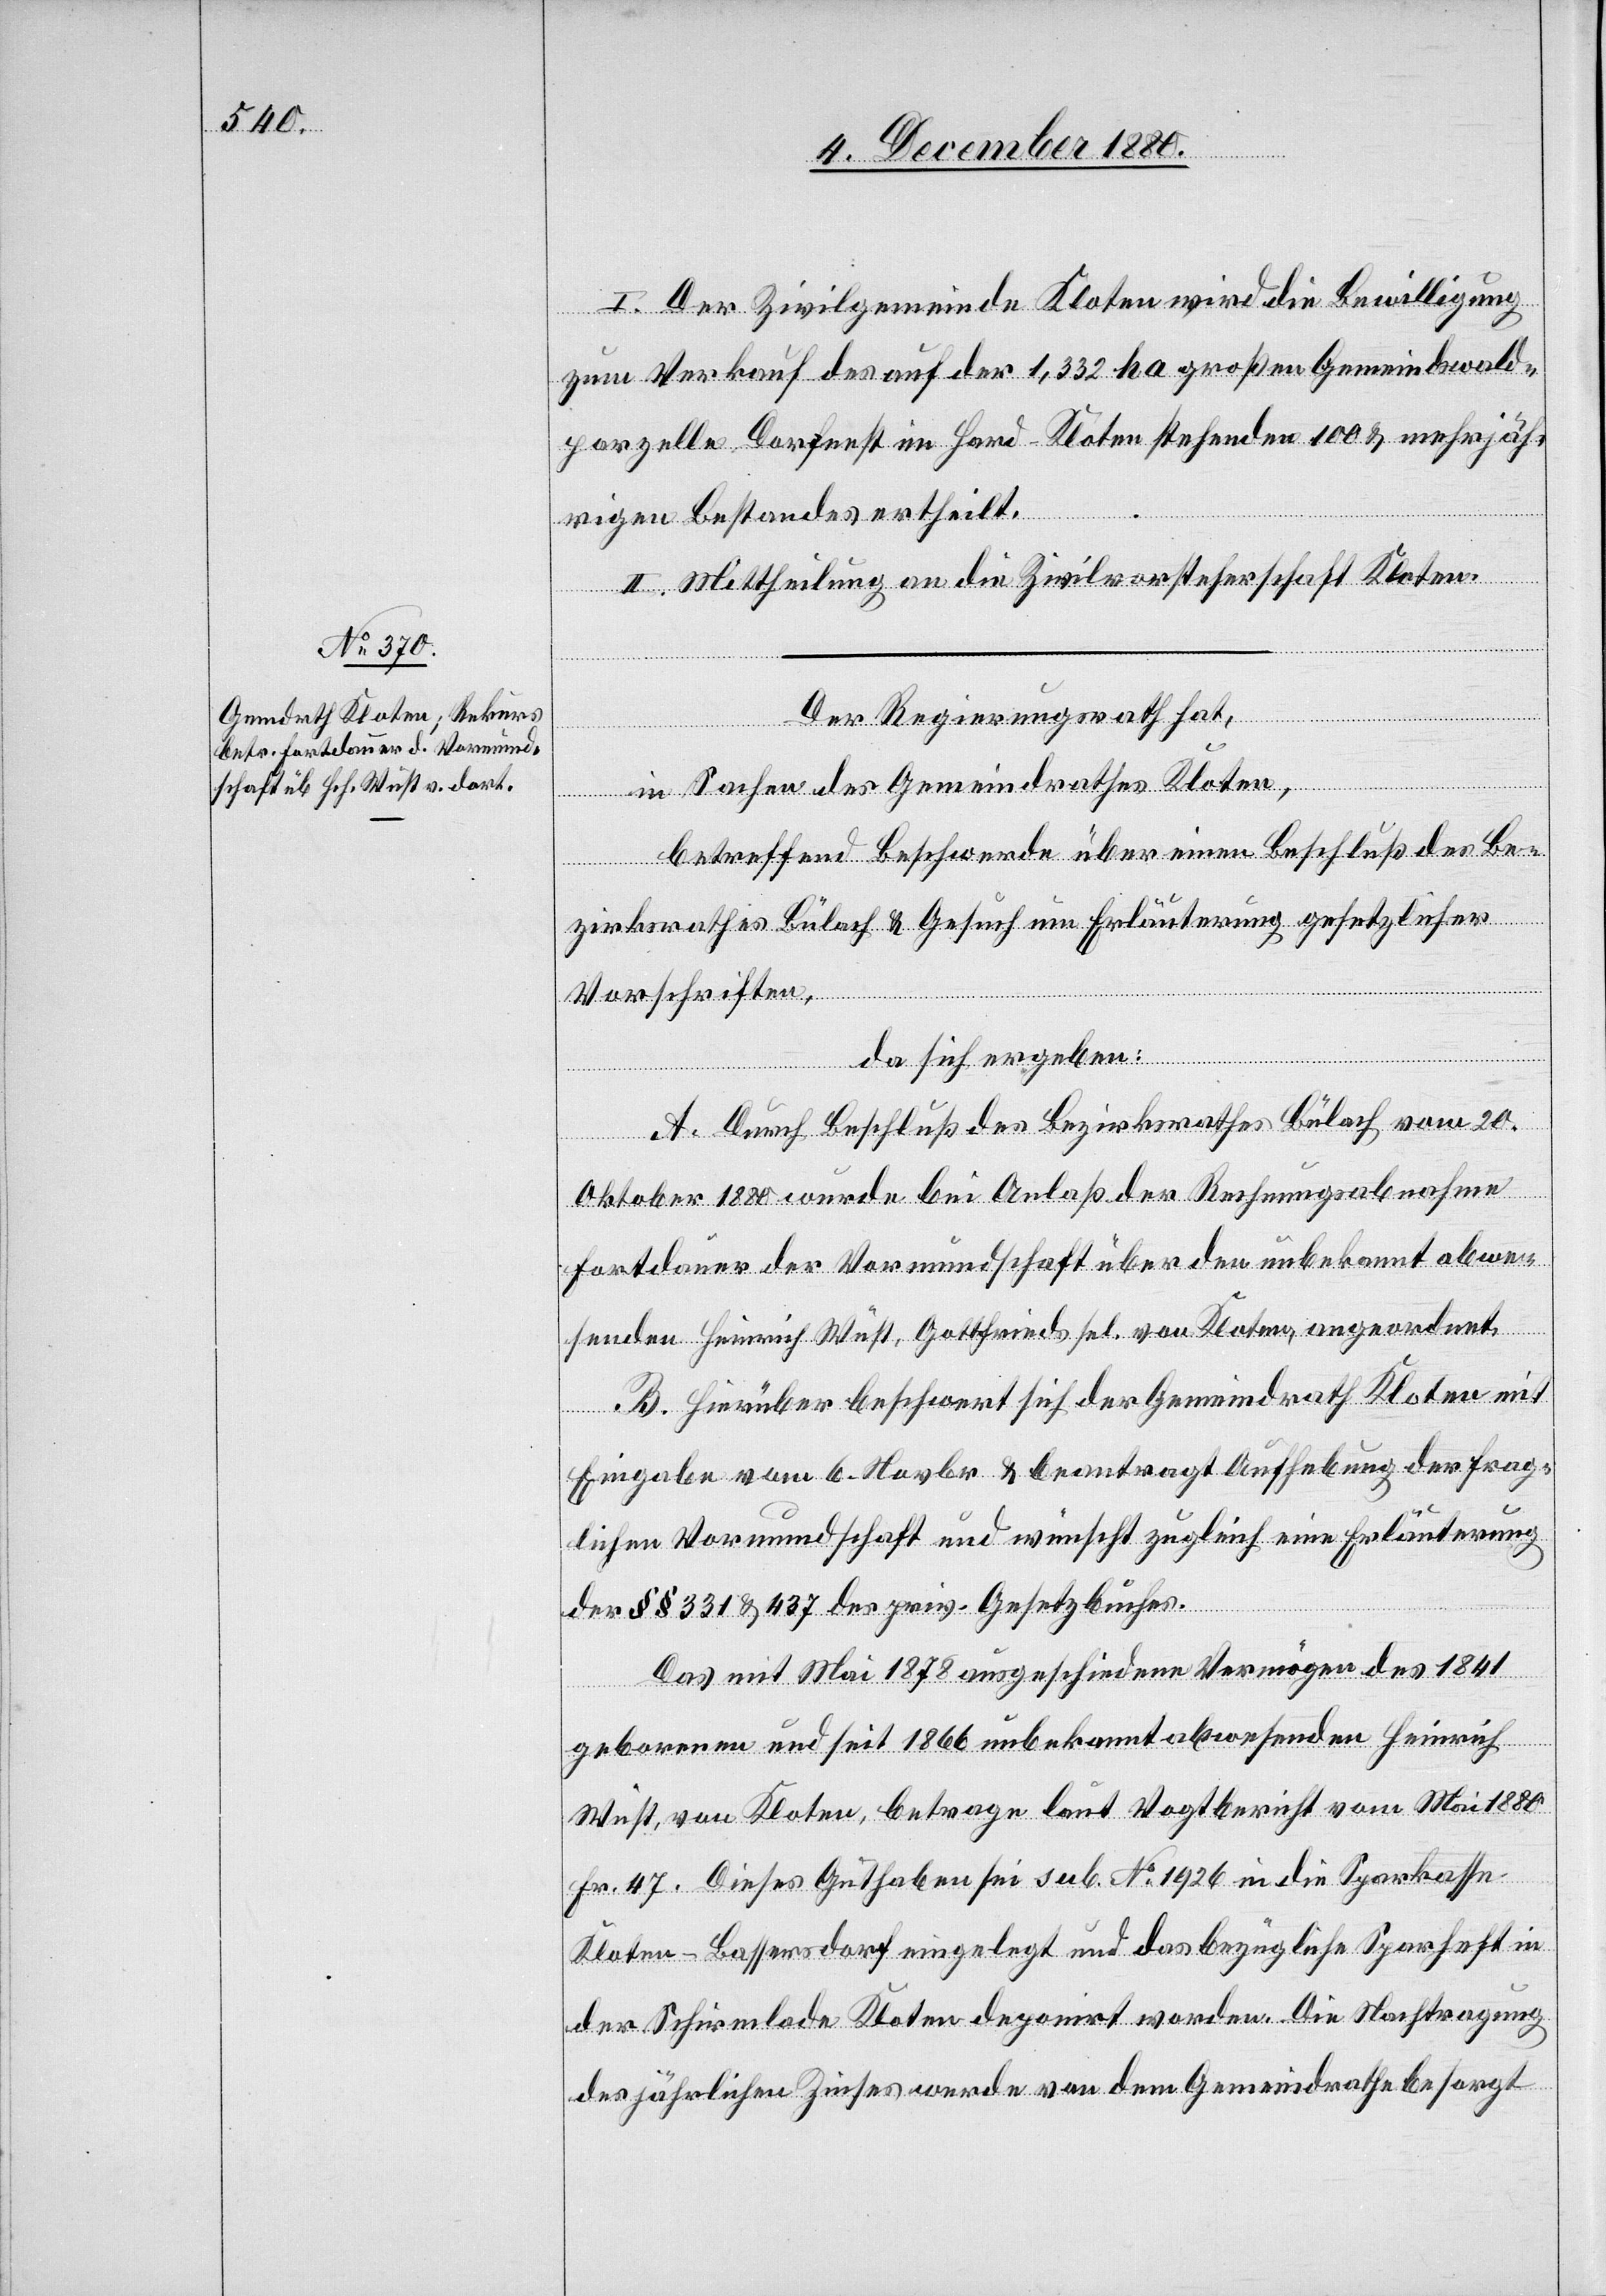
I. Der Zivilgemeinde Kloten wird die Bewilligung
zum Verkauf des auf der 1,332 ha großen Gemeindswald¬
parzelle Dorfnest im Hard - Kloten stehenden 100 & mehrjäh¬
rigen Bestandes ertheilt.
II. Mittheilung an die Zivilvorsteherschaft Kloten.